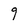
Character: 9